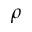
\rho